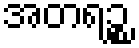
အတရဉ္စ